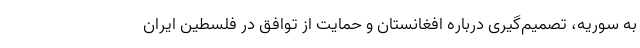
به سوریه، تصمیم‌گیری درباره افغانستان و حمایت از توافق در فلسطین ایران